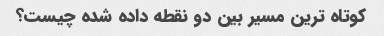
کوتاه ترین مسیر بین دو نقطه داده شده چیست؟